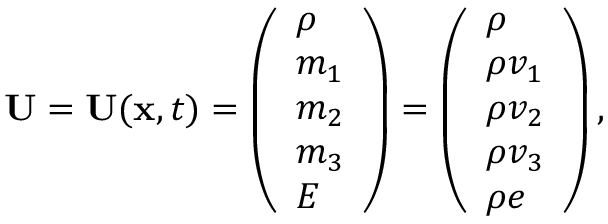
\begin{array} { r } { \mathbf { U } = \mathbf { U } ( \mathbf { x } , t ) = \left( \begin{array} { l } { \rho } \\ { m _ { 1 } } \\ { m _ { 2 } } \\ { m _ { 3 } } \\ { E } \end{array} \right) = \left( \begin{array} { l } { \rho } \\ { \rho v _ { 1 } } \\ { \rho v _ { 2 } } \\ { \rho v _ { 3 } } \\ { \rho e } \end{array} \right) , } \end{array}